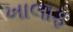
ખાલાફ